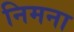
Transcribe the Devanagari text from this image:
निमना